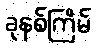
ခုနစ်ကြိမ်